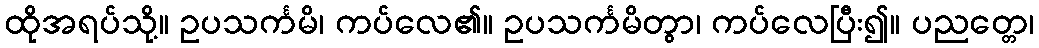
ထိုအရပ်သို့။ ဥပသင်္ကမိ၊ ကပ်လေ၏။ ဥပသင်္ကမိတွာ၊ ကပ်လေပြီး၍။ ပညတ္တေ၊